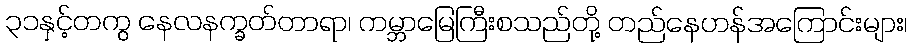
၃၁နှင့်တကွ နေလနက္ခတ်တာရာ၊ ကမ္ဘာမြေကြီးစသည်တို့ တည်နေဟန်အကြောင်းများ၊